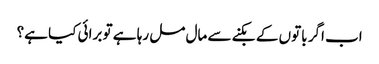
اب اگر باتوں کے بکنے سے مال مل رہا ہے تو برائی کیا ہے؟